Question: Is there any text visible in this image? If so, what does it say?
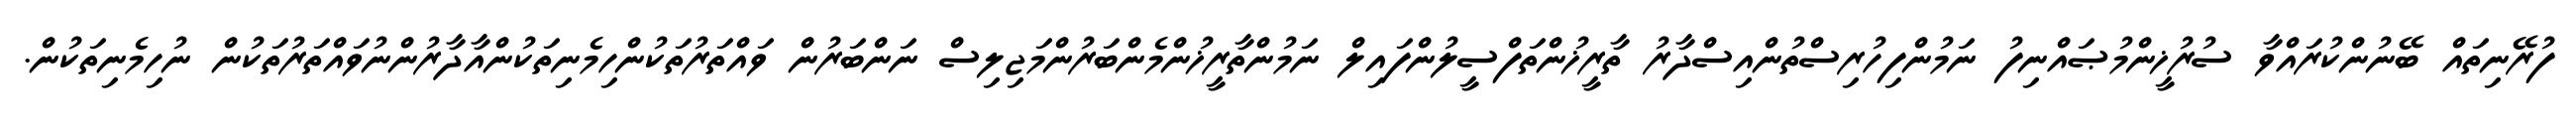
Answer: ފުރޭނިތައް ބޭނުންކުރައްވާ ސުރުޚީންމުޞައްނިފު ނަމުންފިހުރިސްތުންއިސްދާރު ތާރީޚުންތަފްސީލުންފައިލް ނަމުންތާރީޚުންމެންބަރުންމަޖިލިސް ނަންބަރުން ވައްތަރުތަކުންހިމެނިތަކުންއާދާރުންނުވައްތަރުތަކުން ނުހިމެނިތަކުން.